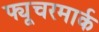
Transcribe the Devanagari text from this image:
फ्यूचरमार्क